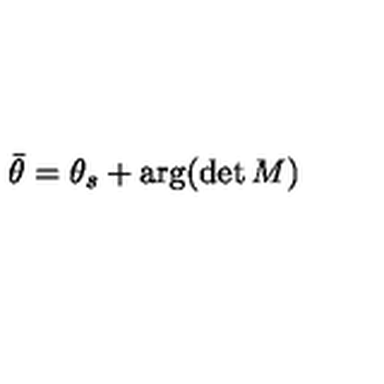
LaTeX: { \bar { \theta } } = \theta _ { s } + \arg ( \det M )